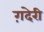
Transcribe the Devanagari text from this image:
ग़देरी